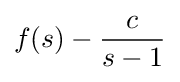
f(s)-{\frac {c}{s-1}}